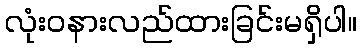
လုံးဝနားလည်ထားခြင်းမရှိပါ။